Scottish Certificate of Education, 1962
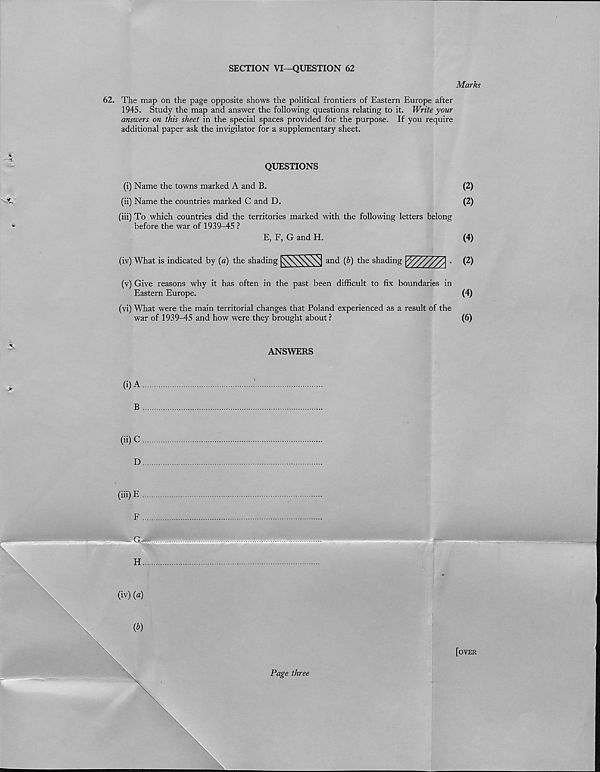
SECTION VI—QUESTION 62
Marks
62. The map on the page opposite shows the political frontiers of Eastern Europe after
1945. Study the map and answer the following questions relating to it. Write your
answers on this sheet in the special spaces provided for the purpose. If you require
additional paper ask the invigilator for a supplementary sheet.
QUESTIONS
(i) Name the towns marked A and B.
(2)
(ii) Name the countries marked C and D.
(2)
(iii) To which countries did the territories marked with the following letters belong
before the war of 1939-45 ?
E, F, G and H.
(4)
(iv) What is indicated by (a) the shading
and {b) the shading
■ (2)
(v) Give reasons why it has often in the past been difficult to fix boundaries in
Eastern Europe.
(vi) What were the main territorial changes that Poland experienced as a result of the
war of 1939-4-5 and how were they brought about ?
(6)
ANSWERS
(i) A
B
(ii) C
D
(iii) E
F
G-rljf?
\
\
\
[over
Page three